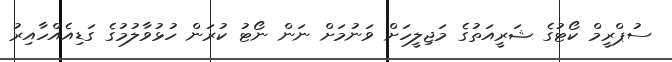
ސުޕްރީމް ކޯޓުގެ ޝަރީއަތުގެ މަޖިލީހަށް ވަނުމަށް ނަން ނޯޓު ކުރަން ހުޅުވާލުމުގެ ގަޑިއެއްހާއިރު